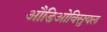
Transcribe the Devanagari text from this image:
औडिओविसुयल